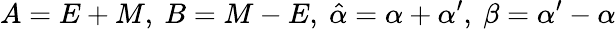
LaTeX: A=E+{M},\ B={M}-E,\ \hat{\alpha}=\alpha+\alpha^{\prime},\ \beta=\alpha^{\prime}-\alpha